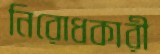
নিরোধকারী